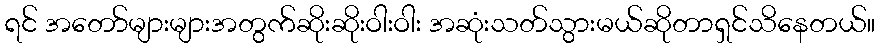
ရင် အတော်များများအတွက်ဆိုးဆိုးဝါးဝါး အဆုံးသတ်သွားမယ်ဆိုတာရှင်သိနေတယ်။